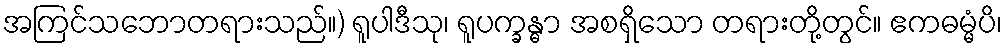
အကြင်သဘောတရားသည်။) ရူပါဒီသု၊ ရူပက္ခန္ဓာ အစရှိသော တရားတို့တွင်။ ဧကဓမ္မံပိ၊